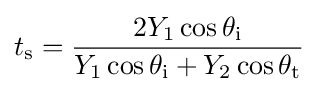
t_{\text{s}}={\frac {2Y_{1}\cos \theta _{\text{i}}}{Y_{1}\cos \theta _{\text{i}}+Y_{2}\cos \theta _{\text{t}}}}